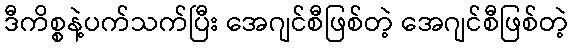
ဒီကိစ္စနဲ့ပက်သက်ပြီး အေဂျင်စီဖြစ်တဲ့ အေဂျင်စီဖြစ်တဲ့